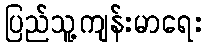
ပြည်သူ့ကျန်းမာရေး